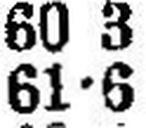
61•6